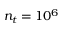
n _ { t } = 1 0 ^ { 6 }